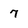
Character: 7